King Institute of Preventive Medicine Micro-Biological Section reports 1912-19
Year: 1912
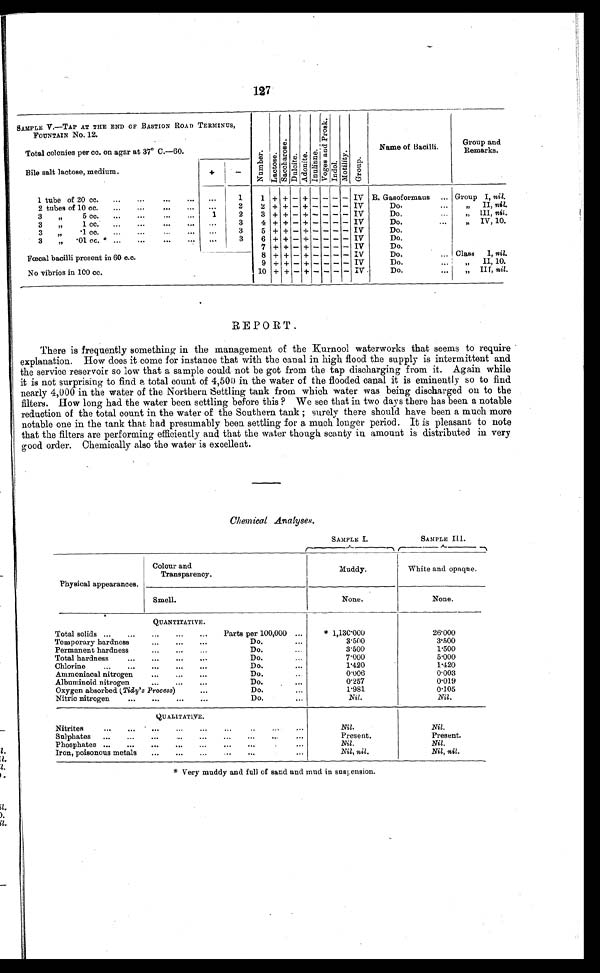
127
SAMPLE V.—TAP AT THE END OF BASTION ROAD TERMINUS,
FOUNTAIN No. 12.
Number. L a c t o s e .
S a c c h a r o s e .
Dul ci t e.
Ad o n i t e . I n l i n n e . Vo g e s a n d p r o s k .
I ndol .
Moti l i ty.
Gr oup.
Name of Bacilli.
Group and
Remarks.
Total colonies per cc. on agar at 37° C.—60.
Bile salt lactose, medium.
+
-
1 tube of 20 cc.
...
...
...
...
...
1
1 + + — + — — — — IV B. Gasoformaus
... Group I, nil.
2 tubes of 10 cc.
...
...
...
2
2 + + — + — — — — IV
Do.
...
„ II, nil.
3 „ 5 cc.
...
...
... ...
1
2
3 + + — + — — — — IV
Do.
„ III, nil.
3 „ 1 cc.
...
...
... ... ...
3
4 + + —
+
— — — — IV
Do.
...
„ IV, 10.
3 „ .1 cc.
...
... ...
...
3
5 +
- - + - -
- - IV
Do.
3 „ .01
cc.
...
...
... ...
3
6
+ +
—
+
- -
—
- IV
Do.
Fœcal bacilli present in 60 c.c.
7 + + — + — — — — IV
Do.
8 + + — + — — — — IV
Do.
... Class
I, nil.
9 +
+
—
+
—
-
—
- IV
Do....
„ I I , 1 0
No vibrios in 100 cc.
1 0
+
+
—
+
— — — —
IV
Do.
„ III, nil.
REPORT.
There is frequently something in the management of the Kurnool waterworks that seems to require
explanation. How does it come for instance that with the canal in high flood the supply is intermittent and
the service reservoir so low that a sample could not be got from the tap discharging from it. Again while
it is not surprising to find a total count of 4,500 in the water of the flooded canal it is eminently so to find
nearly 4,000 in the water of the Northern. Settling tank from which water was being discharged on to the
filters. How long had the water been settling before this ? We see that in. two days there has been a notable
reduction of the total count in the water of the Southern tank ; surely there should have been a much more
notable one in the tank that had presumably been settling for a much longer period. It is pleasant to note
that the filters are performing efficiently and that the water though scanty in amount is distributed in very
good order. Chemically also the water is excellent.
Chemical Analyses.
SAMPLE 1.
SAMPLE III.
Physical appearances.
Colour and
Transparency.
Muddy.
White and opaque.
Smell.
None.
None.
QUANTITATIVE.
Total solids ...
...
...
...
...
Parts per 100,000 ...
*1,130.000
26.000
Temporary hardness
...
...
...
Do....
3.500 3.500
Permanent hardness
...
...
...
Do....
3.500
1.500
Total hardness
...
...
...
...
Do....
7.000
5.000
Chlorine
...
...
...
...
...
Do....
1.420
1.420
Ammoniacal nitrogen
...
...
...
Do.
0.006
0.003
Albuminoid nitrogen
...
...
...
Do.
...
0.257
0.019
Oxygen absorbed ( Tidy's Process)
...
Do.. ..
1.981
0.105
Nitric nitrogen
...
...
...
...
Do....
Nil
.
Nil .
QUANTITATIVE.
Nitrites
... ... ...
...
... ...
..
...
...
Nil.
Nil .
Sulphates
...
...
...
...
...
...
...
... ...
Present.
Present.
Phosphates ...
...
...
...
...
...
...•
Nil .
Nil .
Iron, poisonous metals
...
...
...
...
...
Nil, nil .
Nil, nil.
*Very muddy and full of sand and mud in suspension.